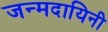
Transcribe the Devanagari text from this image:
जन्मदायिनी